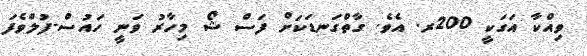
ވިއްކާ އަގަކީ 200ރ. އެވެ. ގާތްގަނޑަކަށް ފަސް ޝޯ މިހާރު ވަނީ ހައުސް-ފުލްވެފަ